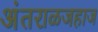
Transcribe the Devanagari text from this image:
अंतराळजहाज